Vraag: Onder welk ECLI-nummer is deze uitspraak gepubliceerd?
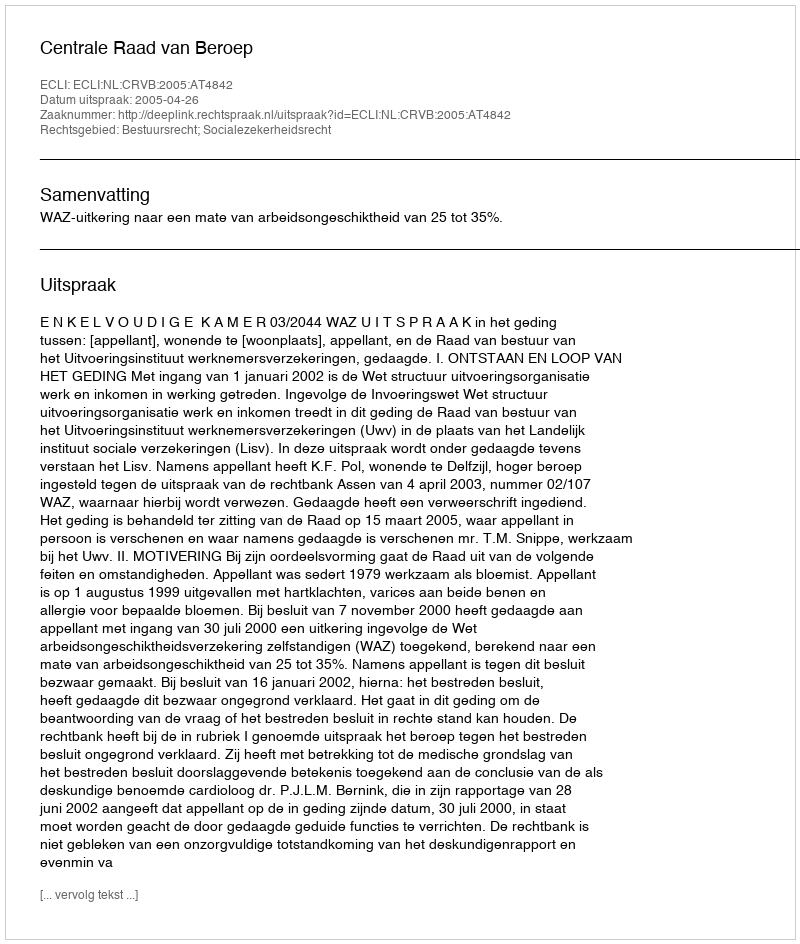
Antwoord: ECLI:NL:CRVB:2005:AT4842